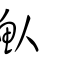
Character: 魜